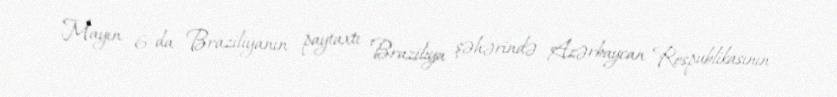
Mayın 6-da Braziliyanın paytaxtı Braziliya şəhərində Azərbaycan Respublikasının